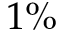
1 \%